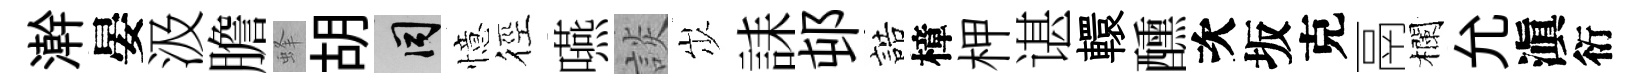
澣晏汲膽蜂胡间憶徑嚥談𡵯誄邨誥樟柙谌轘醺次坂克鬲欄允滇衍